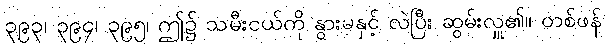
၃၉၃၊ ၃၉၄၊ ၃၉၅၊ ဤ၌ သမီးငယ်ကို နွားမနှင့် လဲပြီး ဆွမ်းလှူ၏။ တစ်ဖန်